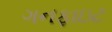
ગનફાઇટ